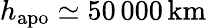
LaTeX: h_{\mathrm{apo}}\simeq 50\, 000\, \mathrm{km}